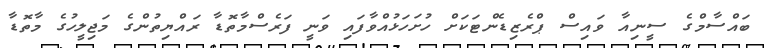
ބައްސާމްގެ ސީނިއާ ވައިސް ޕްރެޒިޑެންޓަކަށް ހުށަހަޅުއްވާފައި ވަނީ ފަރެސްމާތޮޑާ ރައްޔިތުންގެ މަޖިލީހުގެ މާތޮޑާ